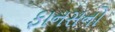
ફાનસનો